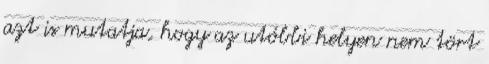
azt is mutatja, hogy az utóbbi helyen nem tört